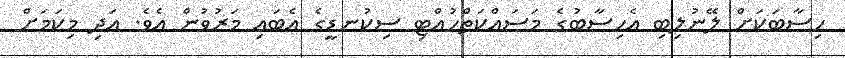
ހިސާބަކަށް ލޭނުލިބި އެހިސާބުގެ މަސައްކަތްހުއްޓި ސިކުނޑީގެ އެބައި މަރުވުން އެވެ. އަދި މިކަމަށް